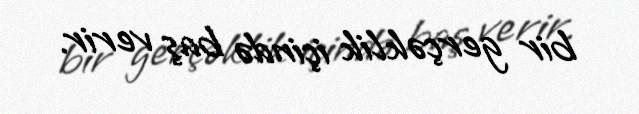
bir gerçəklik içində baş verir.